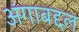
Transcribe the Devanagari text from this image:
अंगाबद्दल